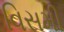
વિસમી